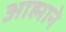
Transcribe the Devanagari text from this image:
आह्माने